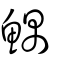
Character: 鰅